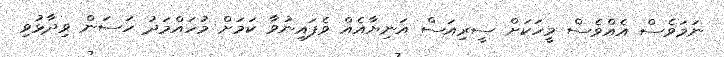
ނަމަވެސް އެއްވެސް މީހަކަށް ސީރިއަސް އަނިޔާއެއް ވެފައިނުވާ ކަމަށް މުހައްމަދު ހަސަން ވިދާޅުވި